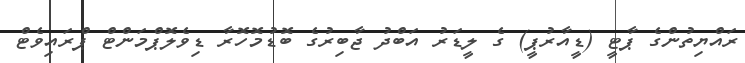
ރައްޔިތުންގެ ޕާޓީ (ޑީއާރުޕީ) ގެ ލީޑަރު އަބްދު ޖާބިރުގެ ބޮޑުމޮހޮރާ ޑިވެލޮޕްމަންޓް ޕްރައިވެޓް